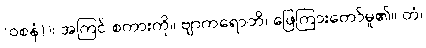
(ဝစနံ))၊ အကြင် စကားကို။ ဗျာကရောတိ၊ ဖြေကြားတော်မူ၏။ တံ၊